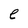
Character: e